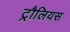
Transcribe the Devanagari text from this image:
ट्रौलियस